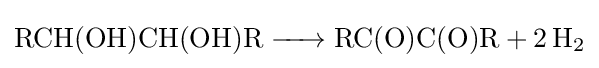
{\ce {RCH(OH)CH(OH)R -> RC(O)C(O)R + 2 H2}}